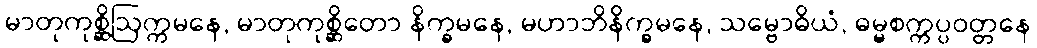
မာတုကုစ္ဆိဩက္ကမနေ, မာတုကုစ္ဆိတော နိက္ခမနေ, မဟာဘိနိက္ခမနေ, သမ္ဗောဓိယံ, ဓမ္မစက္ကပ္ပဝတ္တနေ